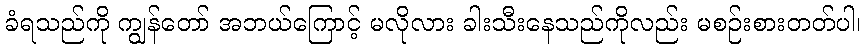
ခံရသည်ကို ကျွန်တော် အဘယ်ကြောင့် မလိုလား ခါးသီးနေသည်ကိုလည်း မစဉ်းစားတတ်ပါ၊